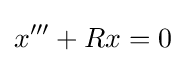
x'''+Rx=0